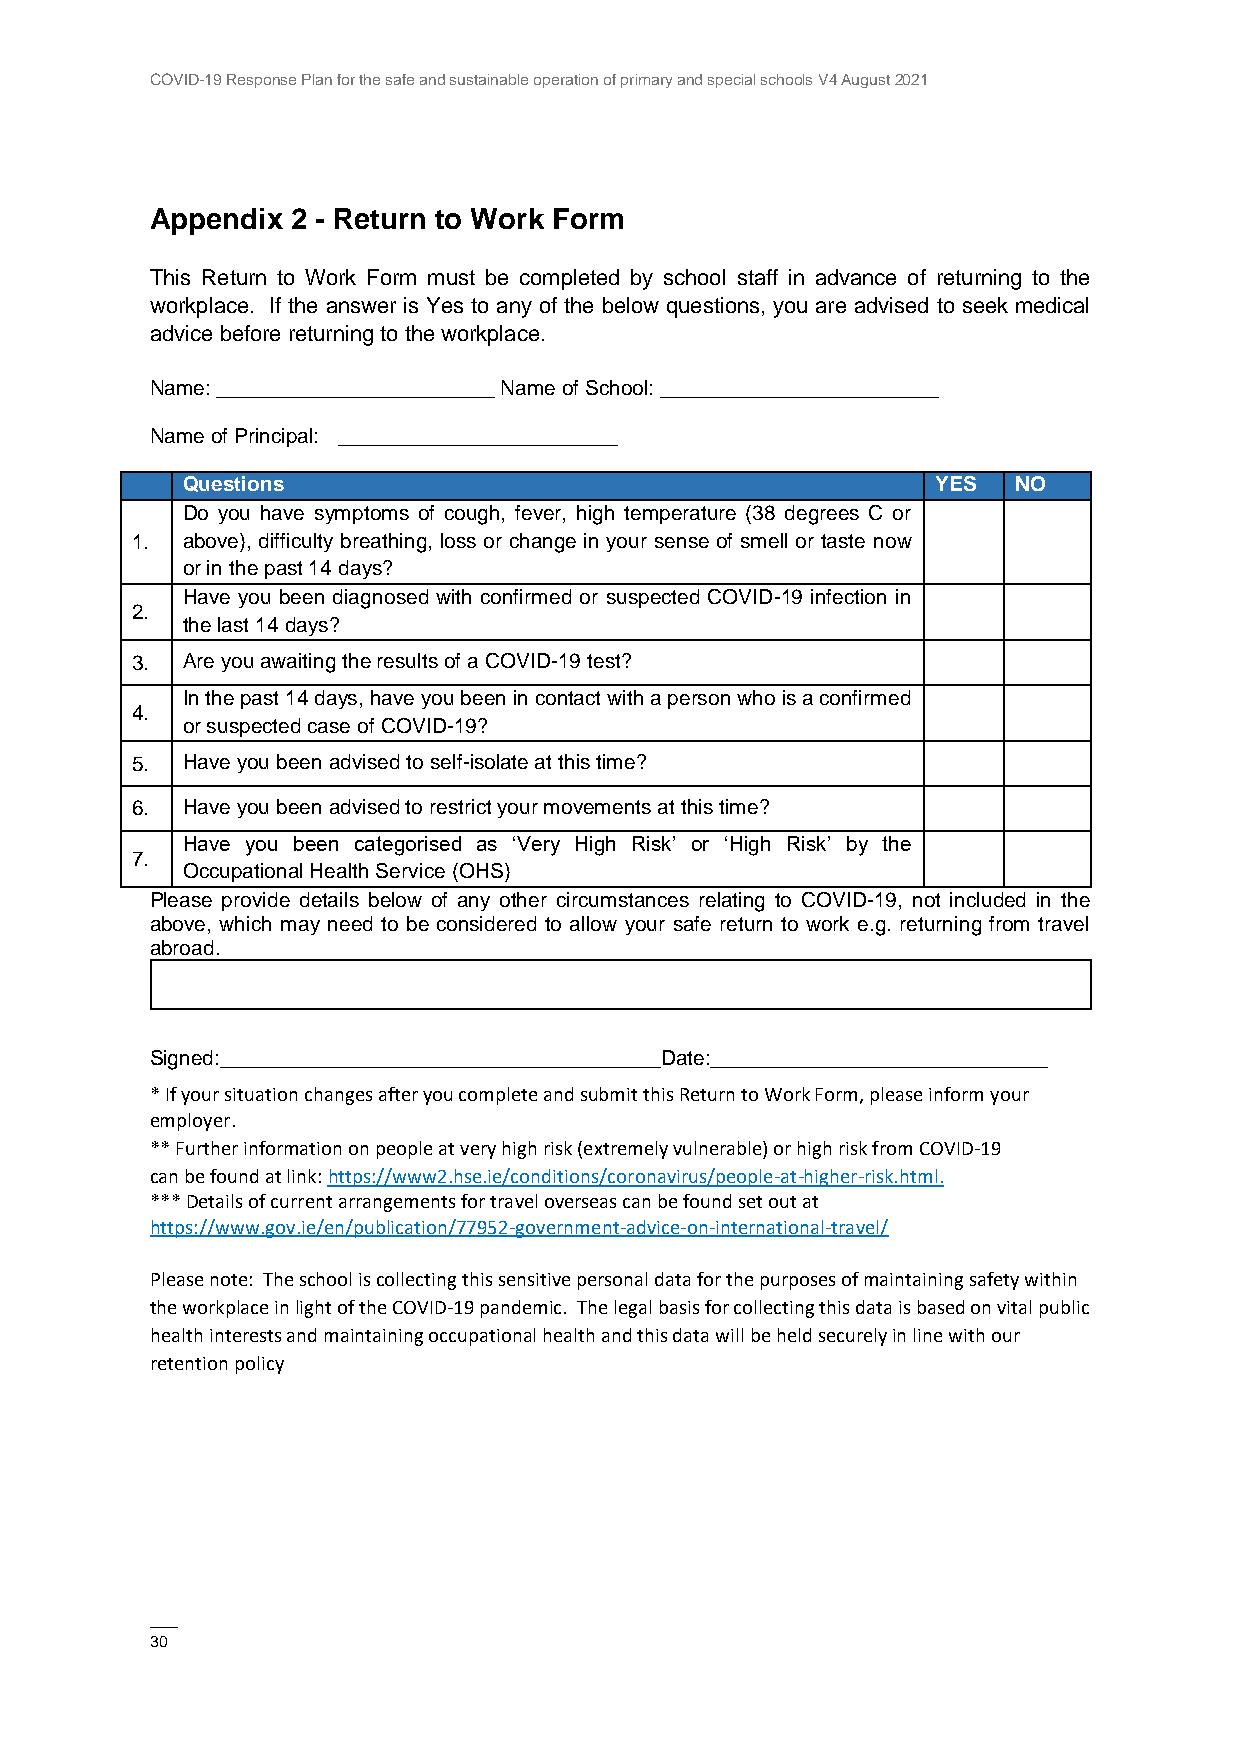
COVID-19 Response Plan for the safe and sustainable operation of primary and special schools V4 August 2021
 Appendix 2 - Return to Work Form
 This Return to Work Form must be completed by school staff in advance of returning to the
 workplace. If the answer is Yes to any of the below questions, you are advised to seek medical
 advice before returning to the workplace.
 Name: ________________________ Name of School: ________________________
 Name of Principal: ________________________
 Questions                                         YES  NO
 Do you have symptoms of cough, fever, high temperature (38 degrees C or
 1. above), difficulty breathing, loss or change in your sense of smell or taste now
 or in the past 14 days?
 Have you been diagnosed with confirmed or suspected COVID-19 infection in
 2.
 the last 14 days?
 3. Are you awaiting the results of a COVID-19 test?
 In the past 14 days, have you been in contact with a person who is a confirmed
 4.
 or suspected case of COVID-19?
 5. Have you been advised to self-isolate at this time?
 6. Have you been advised to restrict your movements at this time?
 Have you been categorised as ‘Very High Risk’ or ‘High Risk’ by the
 7.
 Occupational Health Service (OHS)
 Please provide details below of any other circumstances relating to COVID-19, not included in the
 above, which may need to be considered to allow your safe return to work e.g. returning from travel
 abroad.
 Signed:______________________________________Date:_____________________________
 * If your situation changes after you complete and submit this Return to Work Form, please inform your
 employer.
 ** Further information on people at very high risk (extremely vulnerable) or high risk from COVID-19
 can be found at link: https://www2.hse.ie/conditions/coronavirus/people-at-higher-risk.html.
 *** Details of current arrangements for travel overseas can be found set out at
 https://www.gov.ie/en/publication/77952-government-advice-on-international-travel/
 Please note: The school is collecting this sensitive personal data for the purposes of maintaining safety within
 the workplace in light of the COVID-19 pandemic. The legal basis for collecting this data is based on vital public
 health interests and maintaining occupational health and this data will be held securely in line with our
 retention policy
 ——
 30